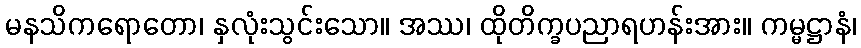
မနသိကရောတော၊ နှလုံးသွင်းသော။ အဿ၊ ထိုတိက္ခပညာရဟန်းအား။ ကမ္မဋ္ဌာနံ၊